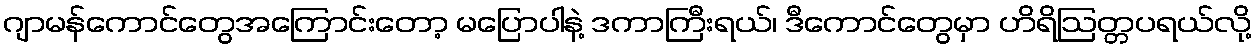
ဂျာမန်ကောင်တွေအကြောင်းတော့ မပြောပါနဲ့ ဒကာကြီးရယ်၊ ဒီကောင်တွေမှာ ဟိရိဩတ္တပရယ်လို့